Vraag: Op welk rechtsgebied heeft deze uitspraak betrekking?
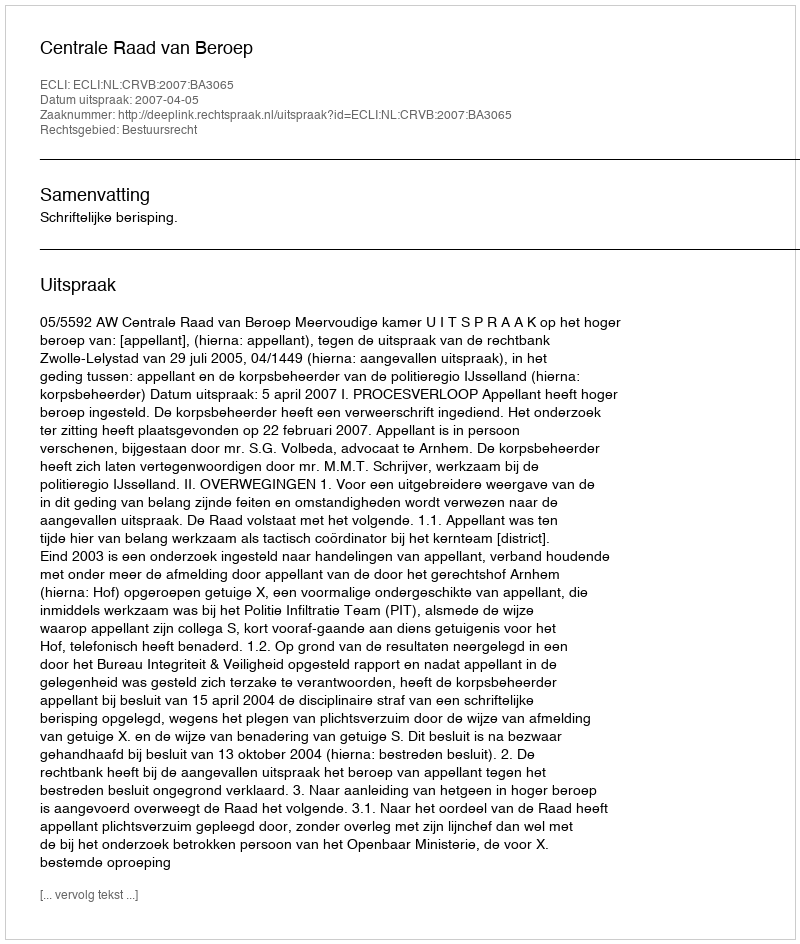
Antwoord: Bestuursrecht